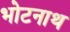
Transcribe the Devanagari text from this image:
भोटनाथ